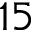
1 5